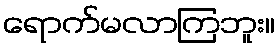
ရောက်မလာကြဘူး။